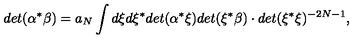
d e t ( \alpha ^ { * } \beta ) = a _ { N } \int d \xi d \xi ^ { * } d e t ( \alpha ^ { * } \xi ) d e t ( \xi ^ { * } \beta ) \cdot d e t ( \xi ^ { * } \xi ) ^ { - 2 N - 1 } ,